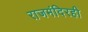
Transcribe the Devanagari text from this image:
राजमंदिरही